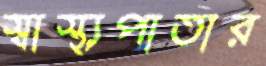
স্বাস্থ্যপাতার